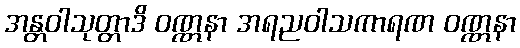
အန္တဝါသုတ္တာဒိ ဝဏ္ဏနာ အရညဝါသကာရဏ ဝဏ္ဏနာ